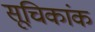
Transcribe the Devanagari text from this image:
सूचिकांक